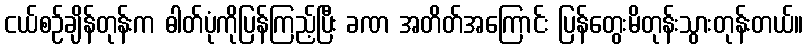
ငယ်စဉ်ချိန်တုန်းက ဓါတ်ပုံကိုပြန်ကြည့်ပြီး ခဏ အတိတ်အကြောင်း ပြန်တွေးမိတုန်းသွားတုန်းတယ်။